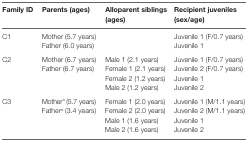
<table><thead><tr><td><b>Family ID</b></td><td><b>Parents (ages)</b></td><td><b>Alloparent siblings (ages)</b></td><td><b>Recipient juveniles (sex/age)</b></td></tr></thead><tbody><tr><td rowspan="2">C1</td><td>Mother (5.7 years)</td><td></td><td>Juvenile 1 (F/0.7 years)</td></tr><tr><td>Father (6.0 years)</td><td></td><td>Juvenile 1</td></tr><tr><td rowspan="4">C2</td><td>Mother (6.7 years)</td><td>Male 1 (2.1 years)</td><td>Juvenile 1 (F/0.7 years)</td></tr><tr><td>Father (6.7 years)</td><td>Female 1 (2.1 years)</td><td>Juvenile 2 (F/0.7 years)</td></tr><tr><td></td><td>Female 2 (1.2 years)</td><td>Juvenile 1</td></tr><tr><td></td><td>Male 2 (1.2 years)</td><td>Juvenile 2</td></tr><tr><td rowspan="4">C3</td><td>Mother<sup>a</sup> (5.7 years)</td><td>Female 1 (2.0 years)</td><td>Juvenile 1 (M/1.1 years)</td></tr><tr><td>Father<sup>a</sup> (3.4 years)</td><td>Female 2 (2.0 years)</td><td>Juvenile 2 (M/1.1 years)</td></tr><tr><td></td><td>Male 1 (1.6 years)</td><td>Juvenile 1</td></tr><tr><td></td><td>Male 2 (1.6 years)</td><td>Juvenile 2</td></tr></tbody></table>